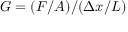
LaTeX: G = ( F / A ) / ( \Delta x / L )